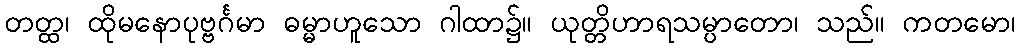
တတ္ထ၊ ထိုမနောပုဗ္ဗင်္ဂမာ ဓမ္မာဟူသော ဂါထာ၌။ ယုတ္တိဟာရသမ္ပာတော၊ သည်။ ကတမော၊